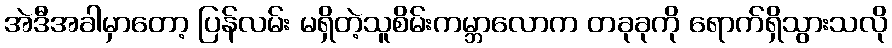
အဲဒီအခါမှာတော့ ပြန်လမ်း မရှိတဲ့သူစိမ်းကမ္ဘာလောက တခုခုကို ရောက်ရှိသွားသလို